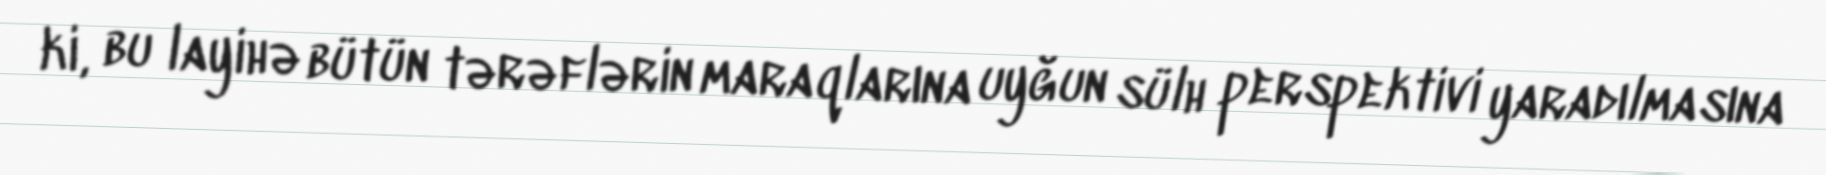
ki, bu layihə bütün tərəflərin maraqlarına uyğun sülh perspektivi yaradılmasına